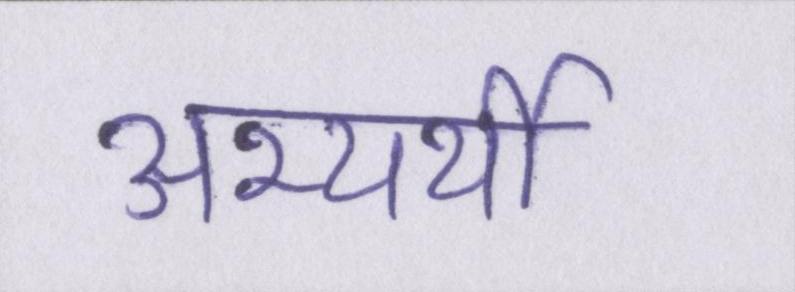
अभ्यर्थी